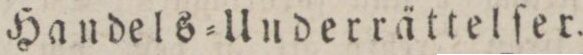
Handels=Underrättelſer.